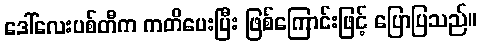
ဒေါ်လေးပစ်တီက ကတိပေးပြီး ဖြစ်ကြောင်းဖြင့် ပြောပြသည်။